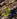
ان